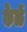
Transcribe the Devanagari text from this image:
केळें